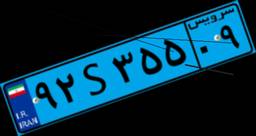
۴۱S۵۶۹۰۶